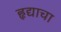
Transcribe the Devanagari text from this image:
हृद्याचा